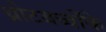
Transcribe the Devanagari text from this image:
थ्रोटबच्चोंके